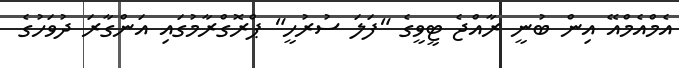
އެމްއެމްއޭ އިން ބުނީ ރާއްޖެ ޓީވީގެ "ފަލަ ސުރުހީ" ޕްރޮގްރާމުގައި އަންގާރަ ދުވަހުގެ